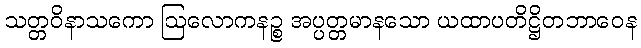
သတ္တဝိနာသကော ဩလောကနဉ္စ အပ္ပတ္တမာနသော ယထာပတိဋ္ဌိတဘာဝေန